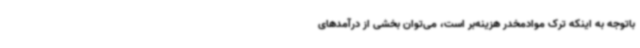
باتوجه به اینکه ترک موادمخدر هزینه‌بر است، می‌توان بخشی از درآمدهای